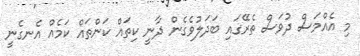
މި އެއްމަސް ދުވަސް ތެރޭގައި ބަދަލުވެގެން ދާނީ ކިތައް ކަންތައް ކަމެއް އެނގެނީ